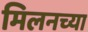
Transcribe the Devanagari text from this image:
मिलनच्या